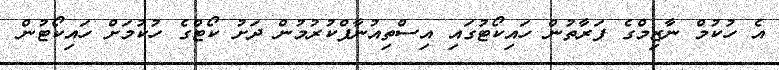
އެ ހުކުމް ނާޒިމްގެ ފަރާތުން ހައިކޯޓުގައި އިސްތިއުނާފްކުރުމުން ދަށު ކޯޓްގެ ހުކުމަށް ހައިކޯޓުން